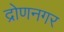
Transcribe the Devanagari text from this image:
द्रोणनगर